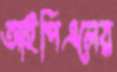
আইপিএলের